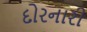
દોરનારી